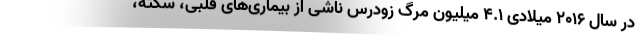
در سال ۲۰۱۶ میلادی ۴.۱ میلیون مرگ زودرس ناشی از بیماری‌های قلبی، سکته،